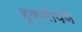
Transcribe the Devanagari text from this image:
हुकमीपणे